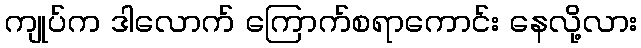
ကျုပ်က ဒါလောက် ကြောက်စရာကောင်း နေလို့လား